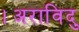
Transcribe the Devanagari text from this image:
।अराविदु